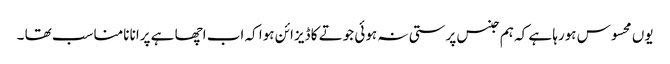
یوں محسوس ہورہا ہے کہ ہم جنس پرستی نہ ہوئی جوتے کا ڈیزائن ہوا کہ اب اچھا ہے پرانا نامناسب تھا ۔